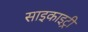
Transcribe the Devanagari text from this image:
साइकाइट्री